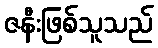
ဇနီးဖြစ်သူသည်